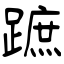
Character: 蹠